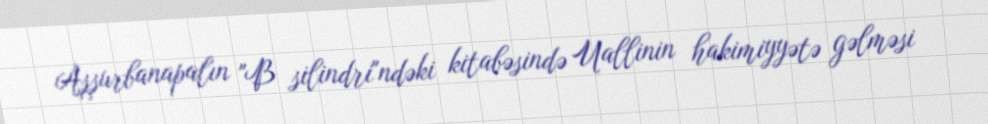
Aşşurbanapalın "B silindri"ndəki kitabəsində Uallinin hakimiyyətə gəlməsi